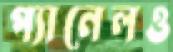
প্যানেলও